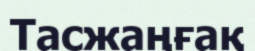
Тасжаңғақ